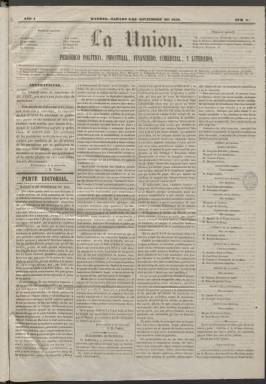
Título: La Unión (Madrid. 1858)
Colección: Periódicos
Ámbito geográfico: Madrid
Lugar de publicación: Madrid
Fechas: 06/11/1858-07/05/1859